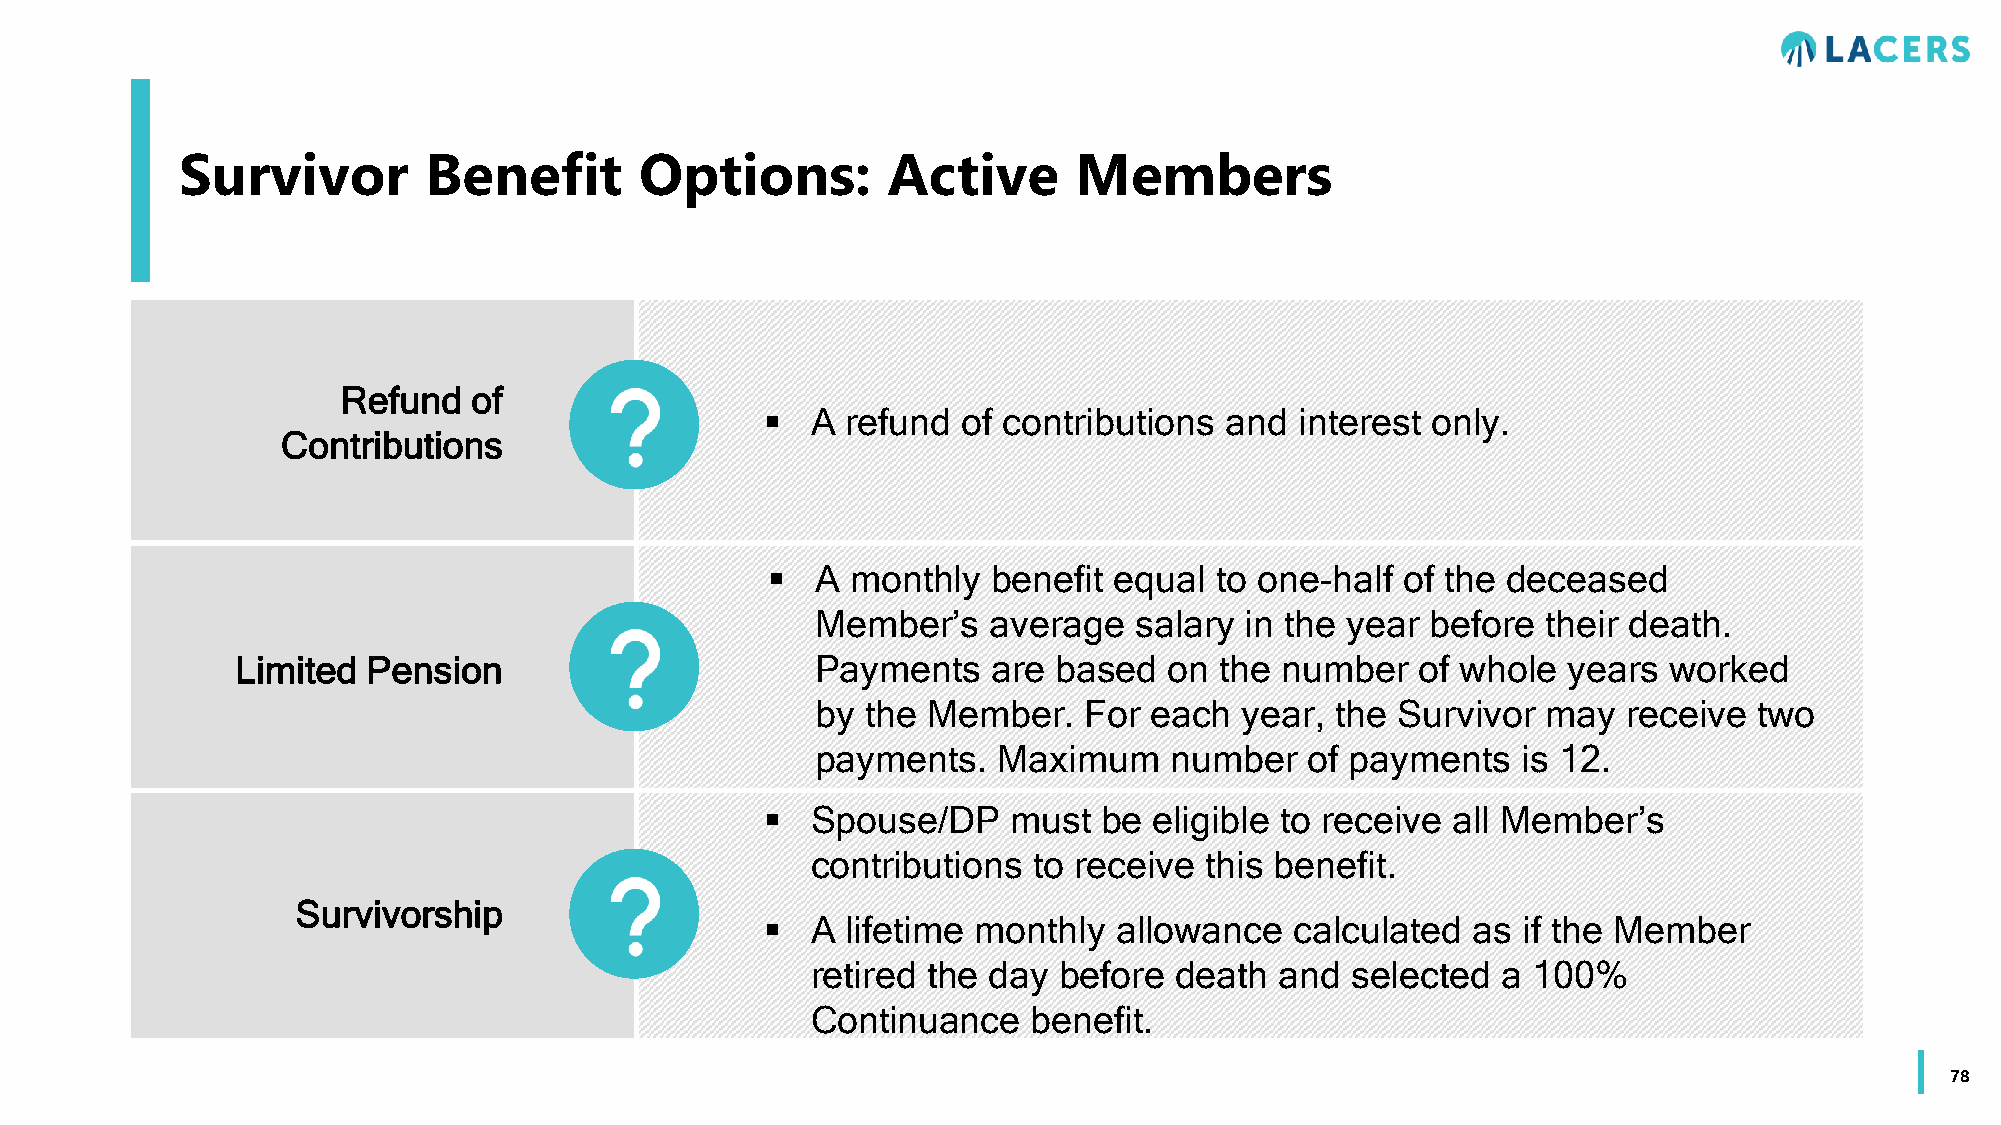
Survivor        Benefit       Options:         Active      Members
 Refund  of
   A refund  of contributions and  interest only.
 Contributions
   A monthly   benefit equal to one-half  of the deceased
 Member’s    average  salary in the year  before their death.
 Limited Pension                       Payments    are based  on  the number   of whole  years worked
 by the Member.    For each  year, the Survivor  may   receive two
 payments.   Maximum    number    of payments   is 12.
   Spouse/DP    must  be eligible to receive all Member’s
 contributions to receive  this benefit.
 Survivorship
   A lifetime monthly  allowance   calculated as  if the Member
 retired the day before  death  and selected  a 100%
 Continuance   benefit.
 78